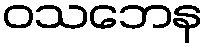
ဝသဘေန